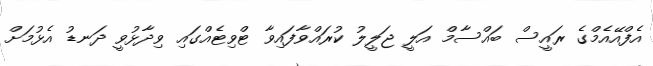
އެފްއޭއެމްގެ ރައީސް ބައްސާމް އަލީ ޖަލީލު ކުރައްވާފައިވާ ޓްވިޓެއްގައި ވިދާޅުވީ ދަނޑު އެޅުމަށް